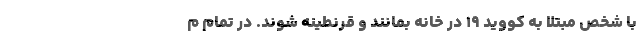
با شخص مبتلا به کووید ۱۹ در خانه بمانند و قرنطینه شوند. در تمام م